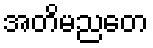
အတိမညတေ